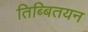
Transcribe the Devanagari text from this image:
तिब्बितयन